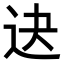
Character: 𨑣